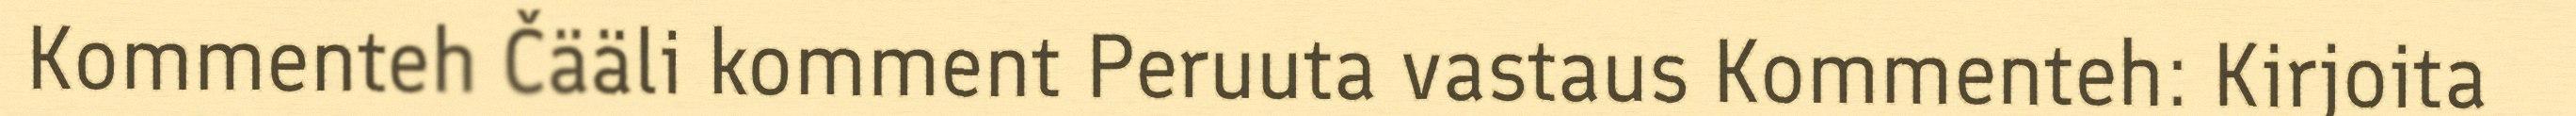
Kommenteh Čääli komment Peruuta vastaus Kommenteh: Kirjoita